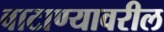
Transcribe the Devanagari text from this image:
वाटाण्यावरील